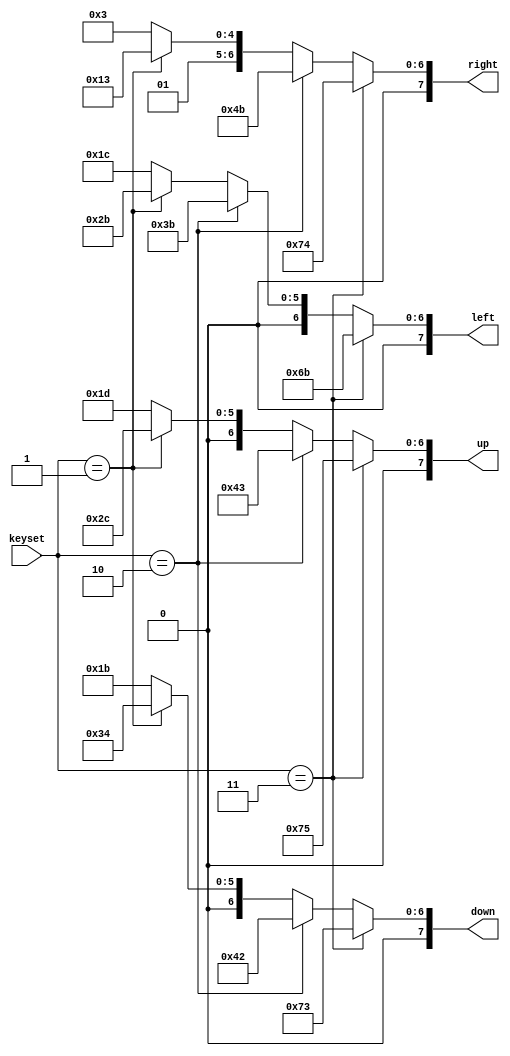
module control_mapping(left,right,up,down,keyset);
	input [2:0] keyset;
	output [7:0] left, right, up, down;
	
	// Keyset == 0
	wire [7:0] left0, right0, up0, down0;
	assign left0 = 8'h1c;
	assign right0 = 8'h23;
	assign up0 = 8'h1d;
	assign down0 = 8'h1b;
	
	// Keyset == 1
	wire [7:0] left1, right1, up1, down1;
	assign left1 = keyset==1 ?8'h2b:left0;
	assign right1 = keyset==1  ?8'h33:right0;
	assign up1 = keyset==1 ?8'h2c:up0;
	assign down1 = keyset==1 ?8'h34:down0;
	
	// Keyset == 2
	wire [7:0] left2, right2, up2, down2;
	assign left2 = keyset==2 ?8'h3b:left1;
	assign right2 = keyset==2 ?8'h4b:right1;
	assign up2 = keyset==2 ? 8'h43:up1;
	assign down2 = keyset==2 ? 8'h42:down1;
	
	// Keyset == 3
	wire [7:0] left3, right3, up3, down3;
	assign left = keyset==3 ? 8'h6b:left2;
	assign right = keyset==3 ? 8'h74:right2;
	assign up = keyset==3 ? 8'h75:up2;
	assign down = keyset==3 ? 8'h73:down2;
	
endmodule